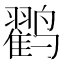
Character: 𱊱